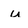
Character: u